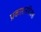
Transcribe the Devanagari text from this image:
प्रकाशनदिवस